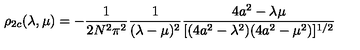
\rho _ { 2 c } ( \lambda , \mu ) = - { \frac { 1 } { 2 N ^ { 2 } \pi ^ { 2 } } } { \frac { 1 } { ( \lambda - \mu ) ^ { 2 } } } { \frac { 4 a ^ { 2 } - \lambda \mu } { [ ( 4 a ^ { 2 } - \lambda ^ { 2 } ) ( 4 a ^ { 2 } - \mu ^ { 2 } ) ] ^ { 1 / 2 } } }